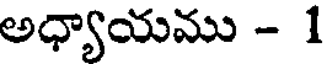
అధ్యాయము - 1